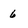
Character: 6